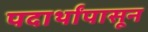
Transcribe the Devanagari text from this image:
पदार्थांपासून